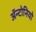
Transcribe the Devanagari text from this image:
ॲन्टोनियो